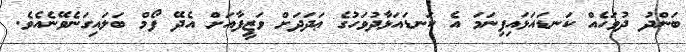
ބަންދު ދުވަހެއް ކަނޑައަޅައިފިނަމަ އެ ކަނޑައަޅާދުވަހުގެ ޢަދަދަށް ވަޒީފާއަށް އެދޭ ފޯމް ބަލައިގަނެވޭނެއެވެ.